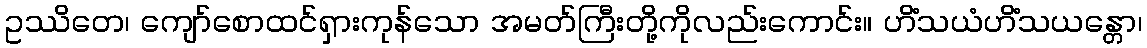
ဥဿိတေ၊ ကျော်စောထင်ရှားကုန်သော အမတ်ကြီးတို့ကိုလည်းကောင်း။ ဟိံသယံဟိံသယန္တော၊